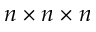
n \times n \times n